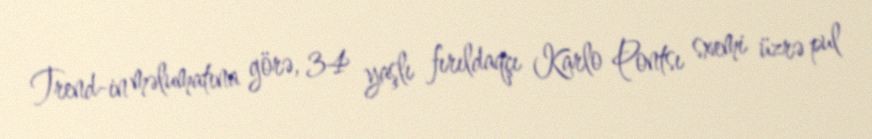
Trend-in məlumatına görə, 34 yaşlı fırıldaqçı Karlo Pontsı sxemi üzrə pul